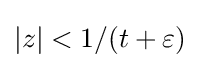
|z|<1/(t+\varepsilon )